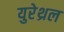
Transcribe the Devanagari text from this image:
युरेथ्रल